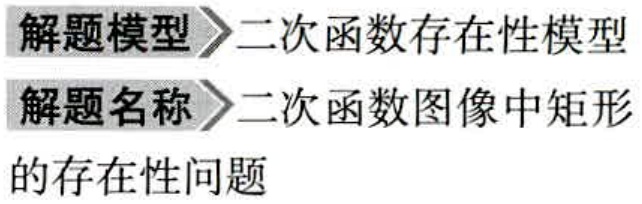
\begin{center}
\textbf{解题模型$\rhd$二次函数存在性模型}\\
\textbf{解题名称$\rhd$二次函数图像中矩形\\的存在性问题}
\end{center}